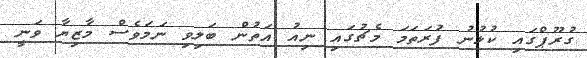
ގުރޫޕްގައި ކުޅުނު ފުރަތަމަ މެޗުގައި ނިއު އަތުން ބަލިވި ނަމަވެސް މާޒިޔާ ވަނީ